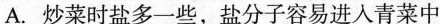
A.炒菜时盐多一些，盐分子容易进入青菜中